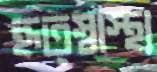
হৃত্স্বাস্থ্য